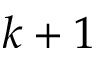
k + 1